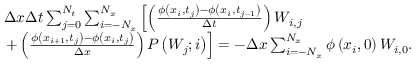
\begin{array} { r } { \begin{array} { r l } & { \Delta x \Delta t \sum _ { j = 0 } ^ { N _ { t } } \sum _ { i = - N _ { x } } ^ { N _ { x } } \left[ \left( \frac { \phi \left( x _ { i } , t _ { j } \right) - \phi \left( x _ { i } , t _ { j - 1 } \right) } { \Delta t } \right) W _ { i , j } \right. } \\ & { \left. + \left( \frac { \phi \left( x _ { i + 1 } , t _ { j } \right) - \phi \left( x _ { i } , t _ { j } \right) } { \Delta x } \right) P \left( W _ { j } ; i \right) \right] = - \Delta x \sum _ { i = - N _ { x } } ^ { N _ { x } } \phi \left( x _ { i } , 0 \right) W _ { i , 0 } . } \end{array} } \end{array}